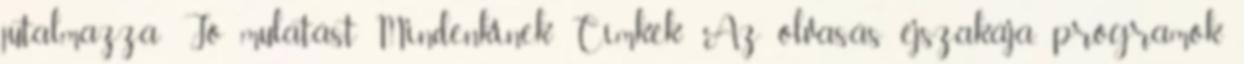
jutalmazza: Jó mulatást Mindenkinek Címkék: Az olvasás éjszakája, programok